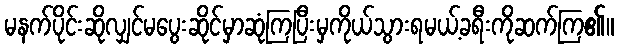
မနက်ပိုင်းဆိုလျှင်မပွေးဆိုင်မှာဆုံကြပြီးမှကိုယ်သွားရမယ့်ခရီးကိုဆက်ကြ၏။